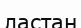
ластан